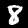
Digit: 8